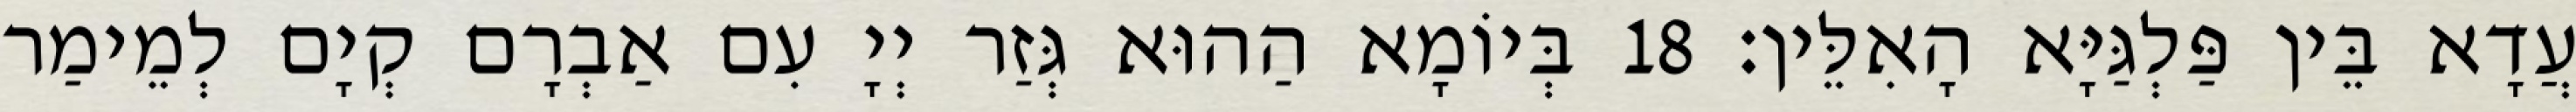
עֲדָא בֵּין פַּלְגַּיָּא הָאִלֵּין׃ 18 בְּיוֹמָא הַהוּא גְּזַר יְיָ עִם אַבְרָם קְיָם לְמֵימַר